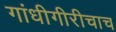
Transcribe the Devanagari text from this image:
गांधीगीरीचाच